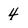
Character: 4